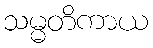
သမ္မတိကာယ